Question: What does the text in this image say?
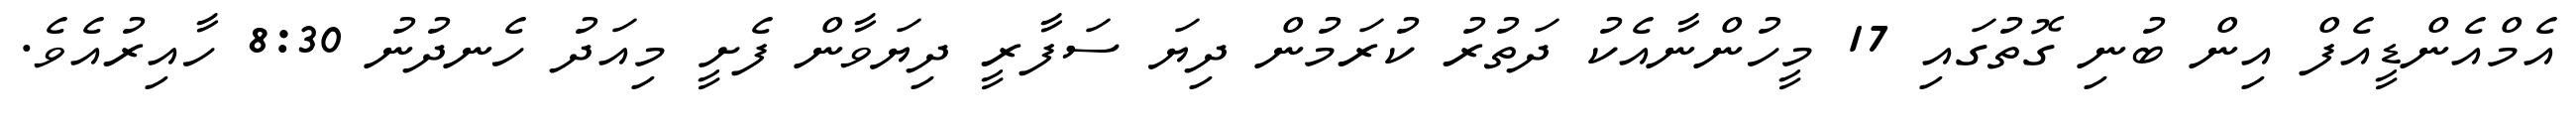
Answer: އެމްއެންޑީއެފް އިން ބުނި ގޮތުގައި 17 މީހުންނާއެކު ދަތުރު ކުރަމުން ދިޔަ ސަފާރީ ދިޔަވާން ފެށީ މިއަދު ހެނދުނު 8:30 ހާއިރުއެވެ.